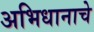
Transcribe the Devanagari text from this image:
अभिधानाचे